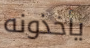
يأخذونه